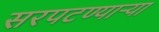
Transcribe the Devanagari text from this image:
सरपटण्याऱ्या